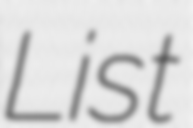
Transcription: List